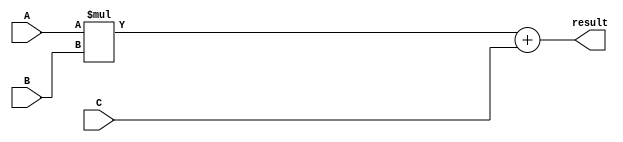
module fused_multiply_add (
    input [31:0] A,
    input [31:0] B,
    input [31:0] C,
    output reg [31:0] result
);

// Internal components for multiplication, addition, rounding, and normalization

always @(*) begin
    // Perform the fused multiply-add operation
    result = A * B + C;
end

endmodule